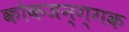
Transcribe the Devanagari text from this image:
कोकजन्ग्गक